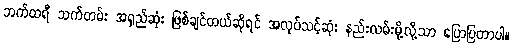
ဘက်ထရီ သက်တမ်း အရှည်ဆုံး ဖြစ်ချင်တယ်ဆိုရင် အလုပ်သင့်ဆုံး နည်းလမ်းမို့လို့သာ ပြောပြတာပါ။